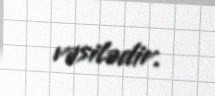
vəsilədir.